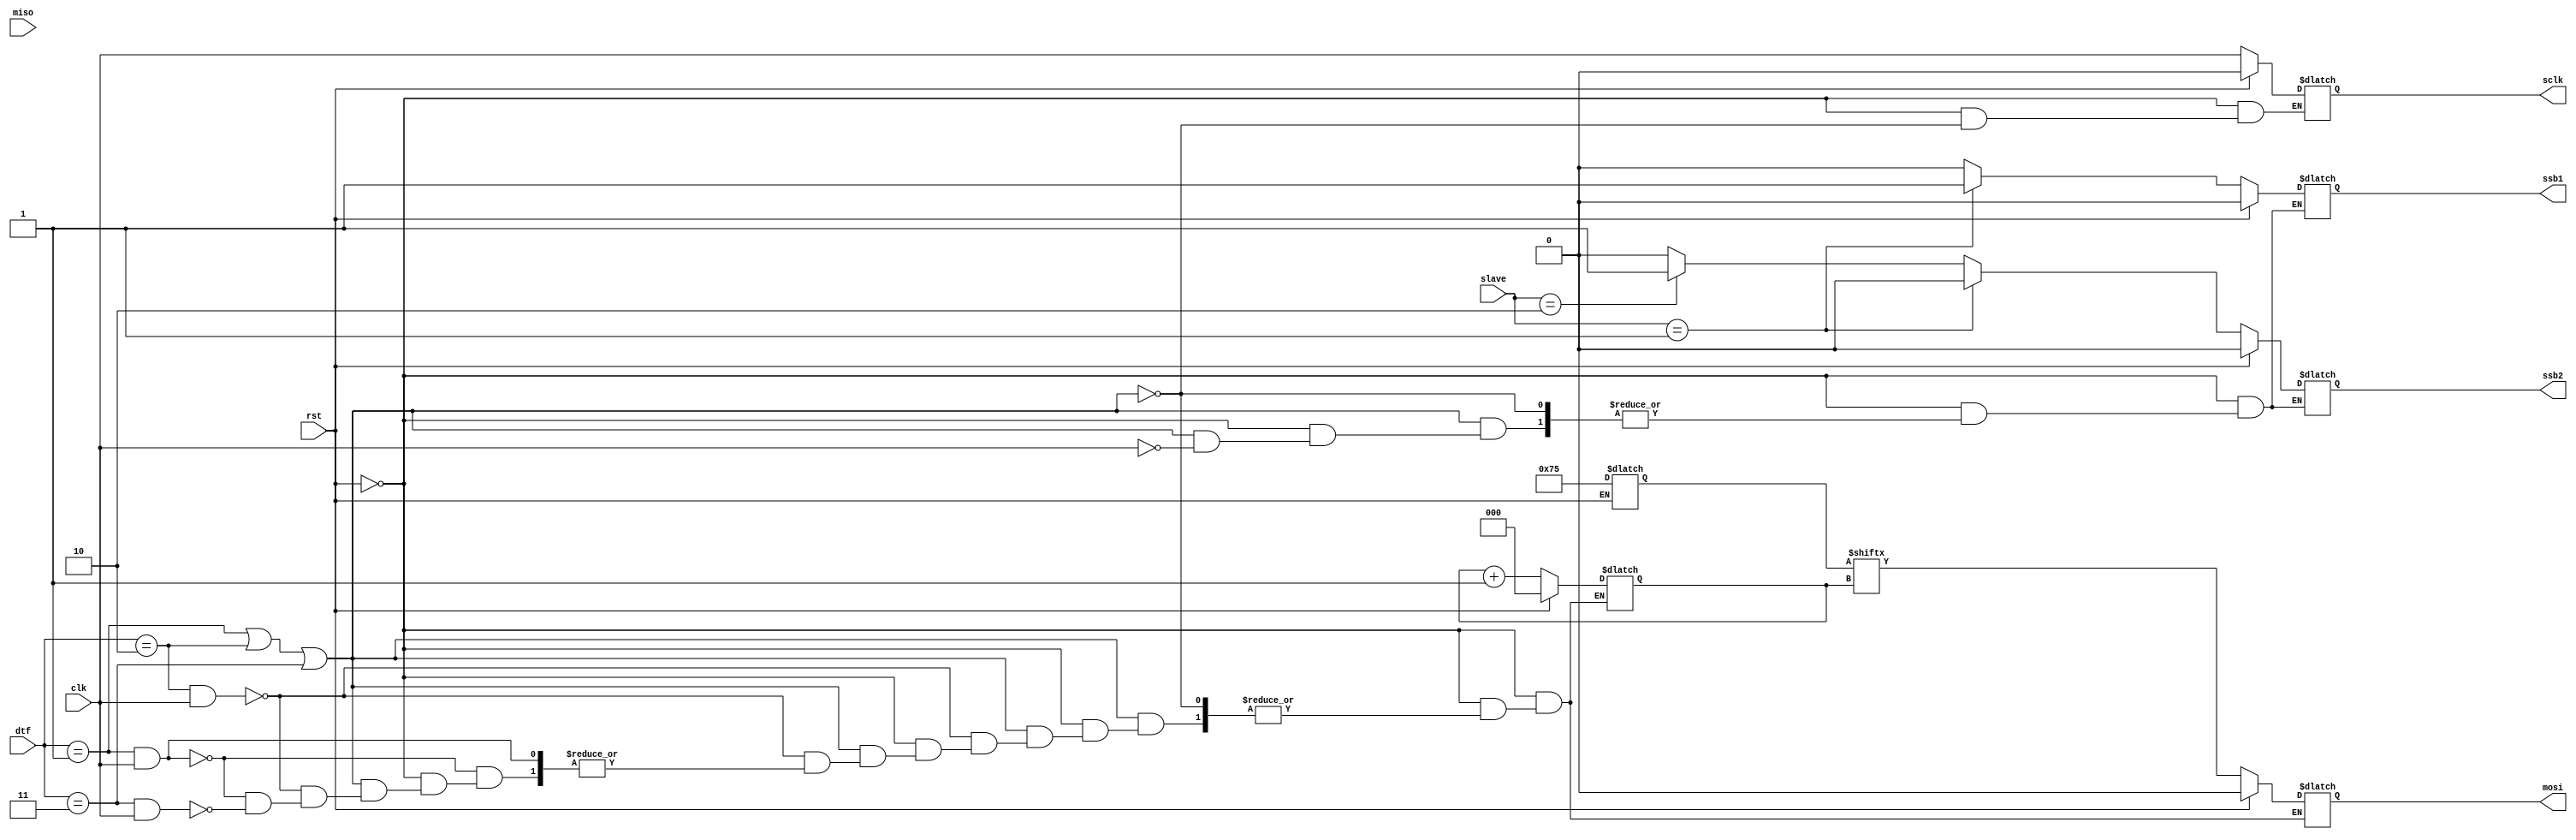
`timescale 1ns / 1ps
//////////////////////////////////////////////////////////////////////////////////
// Company: 
// 
// Design Name: 
// Module Name:    spi_mak 
// Project Name: 
// Target Devices: 
// Tool versions: 
// Description: 
//
// Dependencies: 
//
// Revision: 
// Revision 0.01 - File Created
// Additional Comments: 
//
//////////////////////////////////////////////////////////////////////////////////

// full duplex, 
// faster than UART, I2C 
// taking dtf as data transfer signal
// full duplex communication
/* 
dtf can be 2 bit signal
dtf = 2'b00 means no communication 
      2'b01 means data from slave to master
		2'b10 means data from master to slave
		2'b11 means full duplex communication		
*/

module spi_masterf( input clk, rst, miso, // flag = 0 means data from slave to master and vice versa 
input [1:0] slave, dtf, 
output reg sclk, mosi, ssb1, ssb2
    );
	 
reg [7:0] stor_reg1,stor_reg2;
reg [2:0] k,p;
always @(clk)
begin
if(rst)
begin
stor_reg1 = 8'b01110101;
//stor_reg2 = 8'b01010010;
k = 0;
p = 0;
sclk = 0;
mosi = 0;
ssb1 = 0; // ssb is active low version of ss, ss = !ssb 
ssb2 = 0;
end

else if(dtf == 2'b01 || dtf == 2'b10 || dtf == 2'b11)
begin
sclk = clk;

if(clk)
begin
if(slave == 2'b01)
begin
ssb1 = 1;
ssb2 = 0;
end
else if(slave == 2'b10)
begin
ssb2 = 1;
ssb1 = 0;
end
else
begin
ssb1 = 0;
ssb2 = 0;
end
end

if(dtf == 2'b10 & clk)
begin
mosi = stor_reg1[k];
k = k + 1;
end
else if (dtf == 2'b01 & clk) 
begin
stor_reg2[p] = miso;
p = p + 1;
end
else if (dtf == 2'b11 & clk)
begin
mosi = stor_reg1[k];
k = k + 1;
stor_reg2[p] = miso;
p = p + 1;
end
end

end

endmodule

module spi_slave1f(input sclk, mosi, ssb, 
input [1:0] dtf, // flag = 0 means data from slave to master and vice versa
output reg miso
);
reg [7:0] stor_reg1,stor_reg2;
reg [2:0] i,j;

initial 
begin
stor_reg2 = 8'b01010010;
i = 0;
j = 0;
end 

always @(posedge sclk)
begin
if(((dtf == 2'b10) || (dtf == 2'b11) )&& ssb)
begin
stor_reg1[i] = mosi;
i = i + 1;
end
if(((dtf == 2'b01) || (dtf == 2'b11) )&& ssb)
begin
miso = stor_reg2[j];
j = j + 1;
end

end
endmodule

module spi_slave2f(input sclk, mosi, ssb, 
input [1:0] dtf, // flag = 0 means data from slave to master and vice versa
output reg miso
);
reg [7:0] stor_reg1,stor_reg2;
reg [2:0] i,j;

initial 
begin
stor_reg2 = 8'b01010010;
i = 0;
j = 0;
end 

always @(posedge sclk)
begin
if(((dtf == 2'b10) || (dtf == 2'b11) )&& ssb)
begin
stor_reg1[i] = mosi;
i = i + 1;
end
if(((dtf == 2'b01) || (dtf == 2'b11) )&& ssb)
begin
miso = stor_reg2[j];
j = j + 1;
end

end
endmodule



module spi_topf (clk, rst, miso, mosi, dtf, sclk, ssb1, ssb2, slave );
input clk, rst;
inout miso, mosi;
inout sclk, ssb1, ssb2;
input [1:0] slave, dtf;
wire miso1, miso2;
assign miso = ((slave == 2'b01) ? miso1 : miso2) && ((dtf == 2'b01) || (dtf == 2'b11));
spi_masterf p1 (clk, rst, miso, slave, dtf, sclk, mosi, ssb1, ssb2 );
spi_slave1f p2 (sclk, mosi, ssb1, dtf, miso1);
spi_slave2f p3 (sclk, mosi, ssb2, dtf, miso2);

endmodule